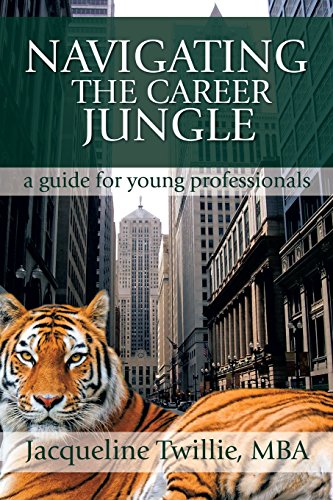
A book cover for Navigating the Career Jungle: A Guide for Young Professionals; Jacqueline Twillie; Business & Money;